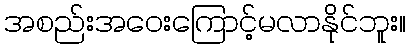
အစည်းအဝေးကြောင့်မလာနိုင်ဘူး။